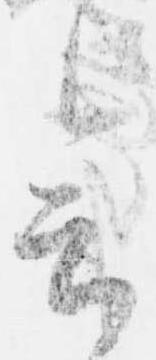
会